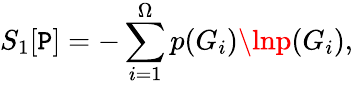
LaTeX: S_{1}[\mathtt{P}]=-\sum_{i=1}^{\Omega}p(G_{i})\lnp(G_{i}),